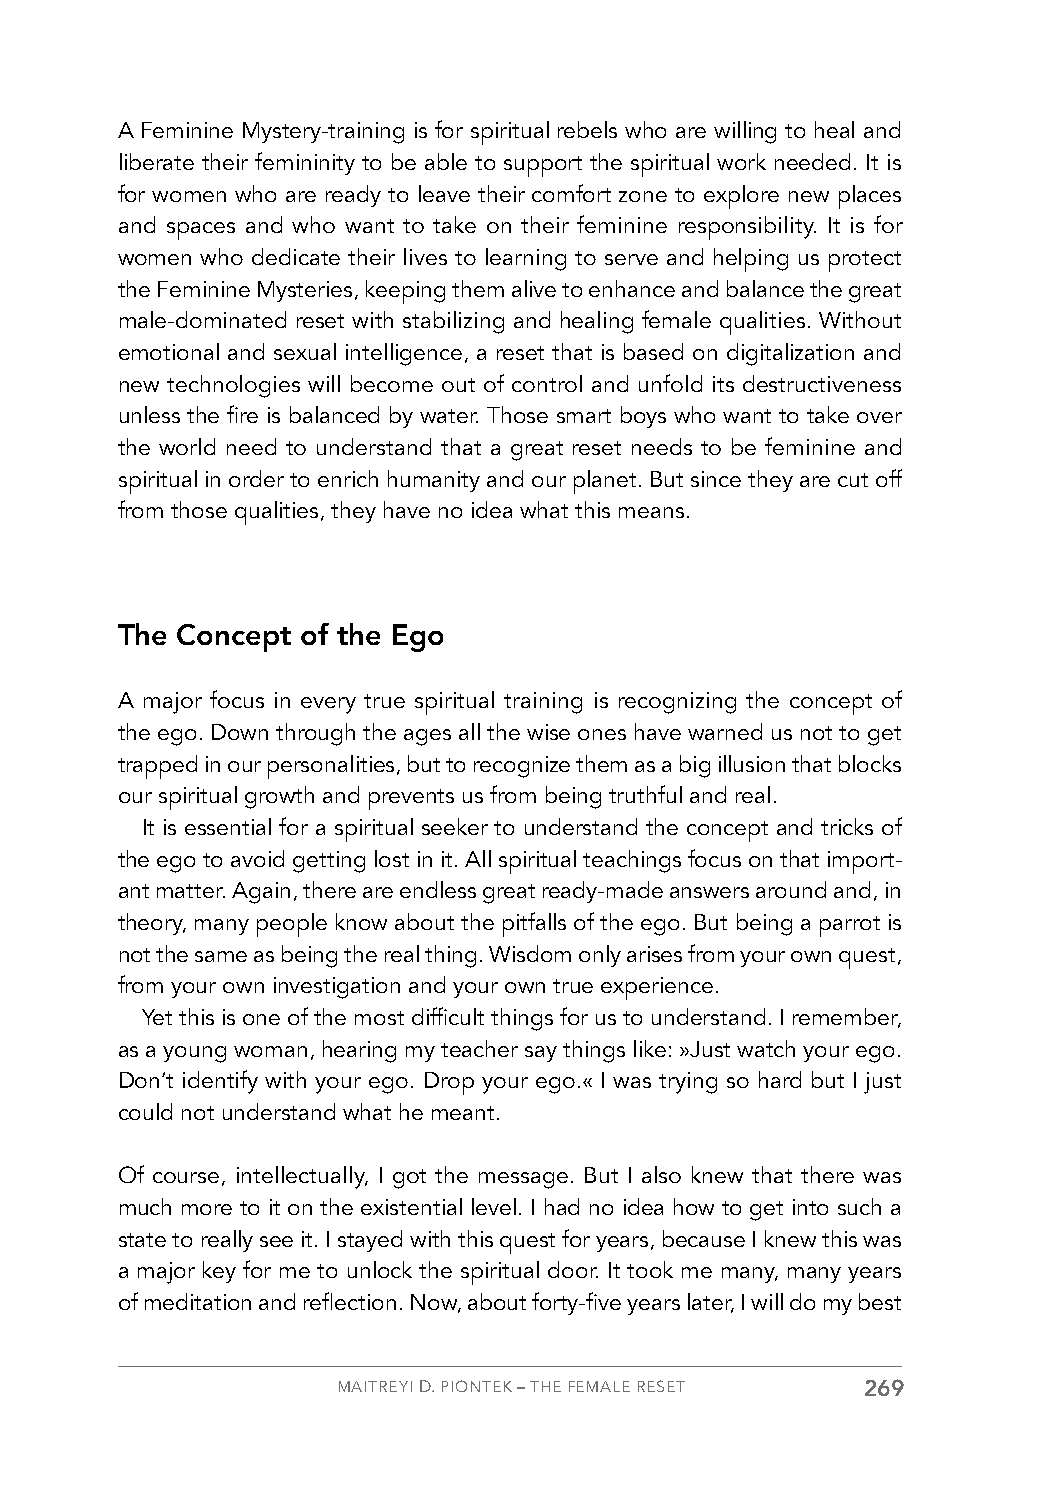
A Feminine Mystery-training is for spiritual rebels who are willing to heal and
 liberate their femininity to be able to support the spiritual work needed. It is
 for women who are ready to leave their comfort zone to explore new places
 and spaces and who want to take on their feminine responsibility. It is for
 women who dedicate their lives to learning to serve and helping us protect
 the Feminine Mysteries, keeping them alive to enhance and balance the great
 male-dominated reset with stabilizing and healing female qualities. Without
 emotional and sexual intelligence, a reset that is based on digitalization and
 new technologies will become out of control and unfold its destructiveness
 unless the fire is balanced by water. Those smart boys who want to take over
 the world need to understand that a great reset needs to be feminine and
 spiritual in order to enrich humanity and our planet. But since they are cut off
 from those qualities, they have no idea what this means.
 The Concept of the Ego
 A major focus in every true spiritual training is recognizing the concept of
 the ego. Down through the ages all the wise ones have warned us not to get
 trapped in our personalities, but to recognize them as a big illusion that blocks
 our spiritual growth and prevents us from being truthful and real.
 It is essential for a spiritual seeker to understand the concept and tricks of
 the ego to avoid getting lost in it. All spiritual teachings focus on that import-
 ant matter. Again, there are endless great ready-made answers around and, in
 theory, many people know about the pitfalls of the ego. But being a parrot is
 not the same as being the real thing. Wisdom only arises from your own quest,
 from your own investigation and your own true experience.
 Yet this is one of the most difficult things for us to understand. I remember,
 as a young woman, hearing my teacher say things like: »Just watch your ego.
 Don’t identify with your ego. Drop your ego.« I was trying so hard but I just
 could not understand what he meant.
 Of course, intellectually, I got the message. But I also knew that there was
 much more to it on the existential level. I had no idea how to get into such a
 state to really see it. I stayed with this quest for years, because I knew this was
 a major key for me to unlock the spiritual door. It took me many, many years
 of meditation and reflection. Now, about forty-five years later, I will do my best
 MAITREYI D. PIONTEK – THE FEMALE RESET 269